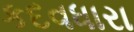
કદવધારા